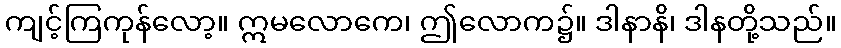
ကျင့်ကြကုန်လော့။ ဣမလောကေ၊ ဤလောက၌။ ဒါနာနိ၊ ဒါနတို့သည်။